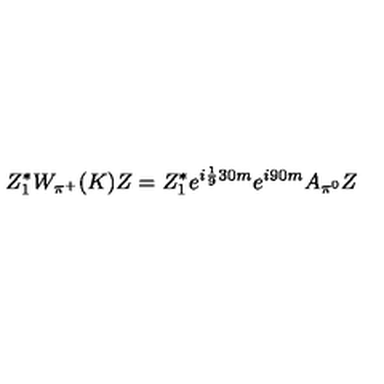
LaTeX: Z _ { 1 } ^ { * } W _ { \pi ^ { + } } ( K ) Z = Z _ { 1 } ^ { * } e ^ { i \frac 1 9 3 0 m } e ^ { i 9 0 m } A _ { \pi ^ { 0 } } Z